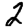
Digit: 2